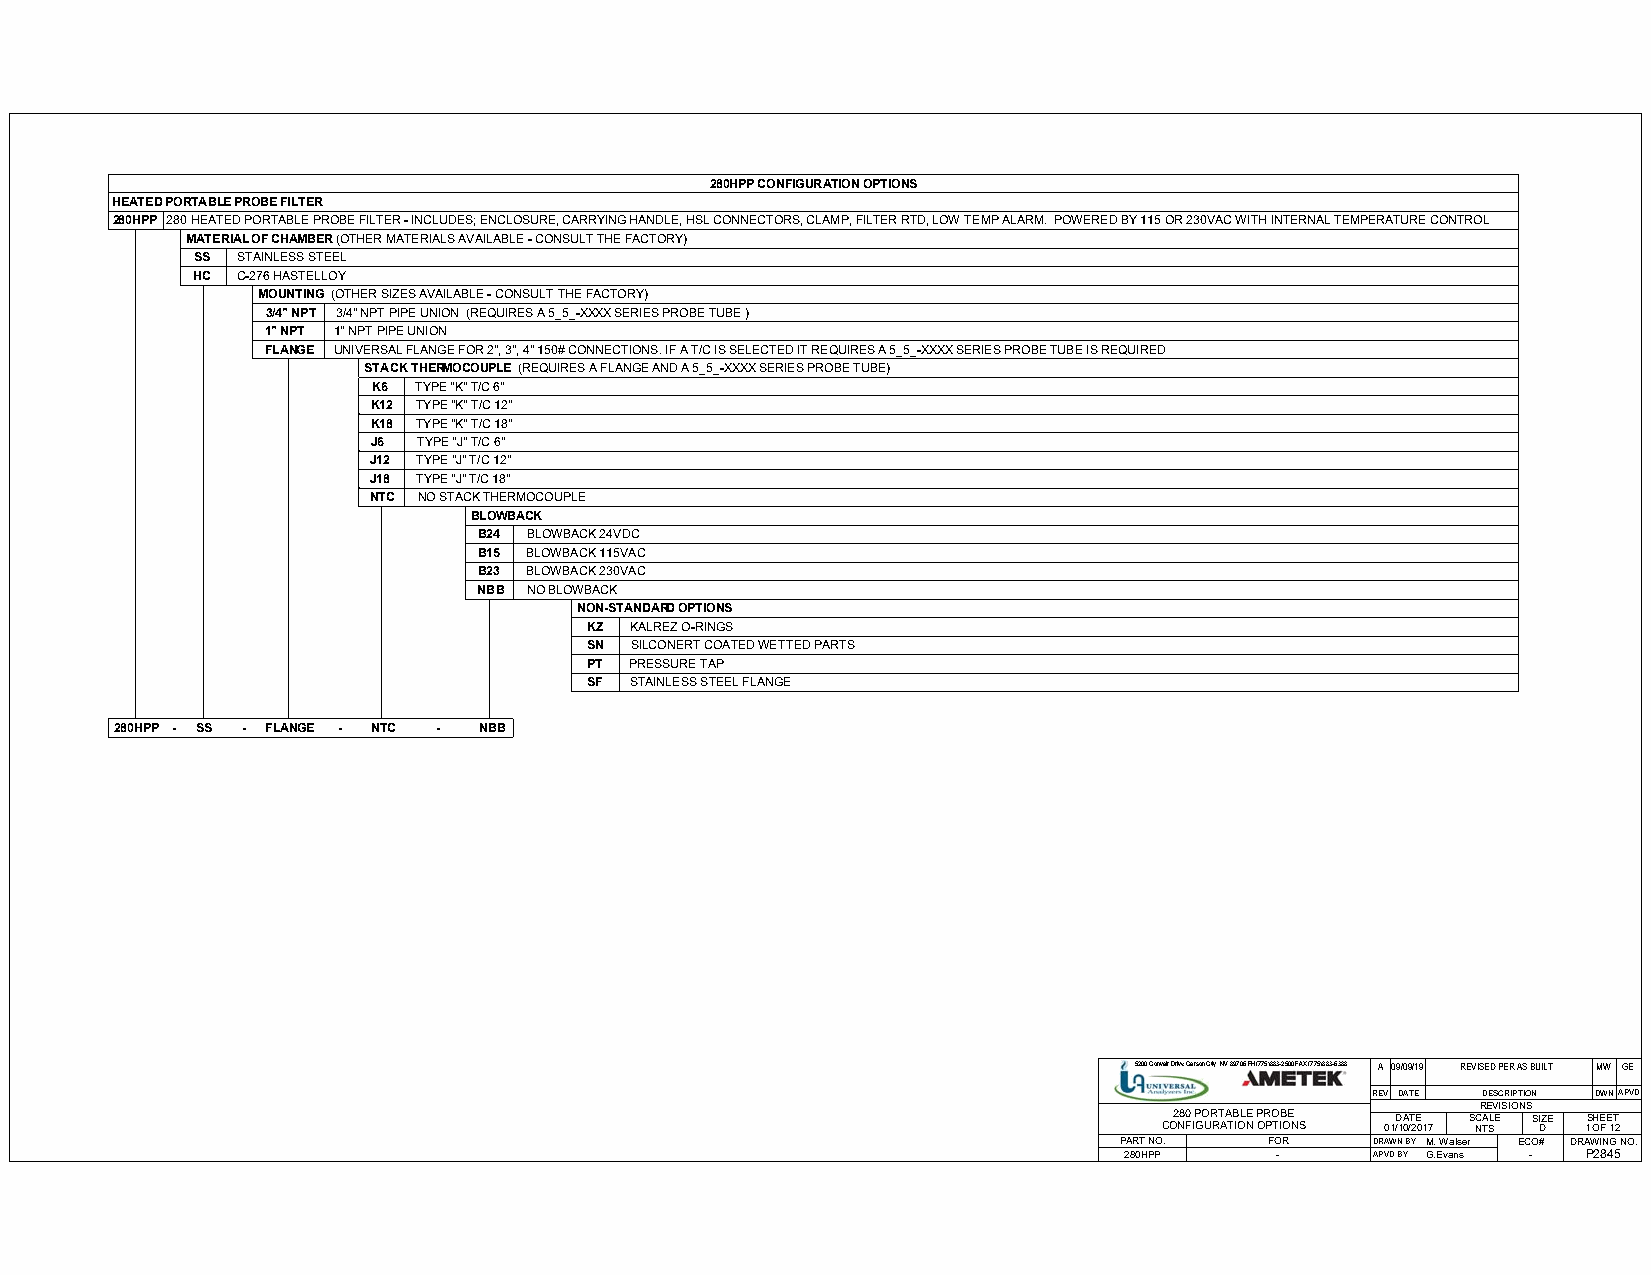
280HPP CONFIGURATION OPTIONS
 HEATED PORTABLE PROBE FILTER
 280HPP 280 HEATED PORTABLE PROBE FILTER - INCLUDES; ENCLOSURE, CARRYING HANDLE, HSL CONNECTORS, CLAMP, FILTER RTD, LOW TEMP ALARM. POWERED BY 115 OR 230VAC WITH INTERNAL TEMPERATURE CONTROL
 MATERIAL OF CHAMBER(OTHER MATERIALS AVAILABLE - CONSULT THE FACTORY)
 SS STAINLESS STEEL
 HC C-276 HASTELLOY
 MOUNTING(OTHER SIZES AVAILABLE - CONSULT THE FACTORY)
 3/4" NPT 3/4" NPT PIPE UNION (REQUIRES A 5_5_-XXXX SERIES PROBE TUBE )
 1" NPT 1" NPT PIPE UNION
 FLANGE UNIVERSAL FLANGE FOR 2", 3", 4" 150# CONNECTIONS. IF A T/C IS SELECTED IT REQUIRES A 5_5_-XXXX SERIES PROBE TUBE IS REQUIRED
 STACK THERMOCOUPLE(REQUIRES A FLANGE AND A 5_5_-XXXX SERIES PROBE TUBE)
 K6 TYPE "K" T/C 6"
 K12 TYPE "K" T/C 12"
 K18 TYPE "K" T/C 18"
 J6 TYPE "J" T/C 6"
 J12 TYPE "J" T/C 12"
 J18 TYPE "J" T/C 18"
 NTC NO STACK THERMOCOUPLE
 BLOWBACK
 B24 BLOWBACK 24VDC
 B15 BLOWBACK 115VAC
 B23 BLOWBACK 230VAC
 NBB NO BLOWBACK
 NON-STANDARD OPTIONS
 KZ KALREZ O-RINGS
 SN SILCONERT COATED WETTED PARTS
 PT PRESSURE TAP
 SF STAINLESS STEEL FLANGE
 280HPP - SS - FLANGE - NTC - NBB
 5200 Convair Drive Carson City, NV 89706 PH(775)883-2500 FAX (775)883-6388 A 09/09/19 REVISED PER AS BUILT MW GE
 REV DATE DESCRIPTION DWNAPVD
 REVISIONS
 CO2 N80 F IP GO UR RT AA TB IOL NE P OR PO TIB OE NS 01/D 1A 0/T 2E 017 S NC TA SLE S DIZE 1S OHE F E 1T 2
 PART NO.  FOR    DRAWN BY M. Walser ECO# DRAWING NO.
 280HPP    -      APVD BY G.Evans - P2845